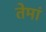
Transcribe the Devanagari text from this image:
तेमां